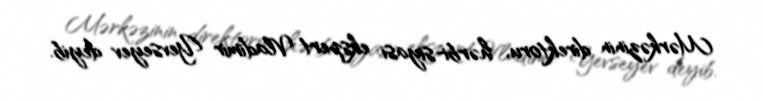
Mərkəzinin direktoru, hərbi-siyasi ekspert Vladimir Yevseyev deyib.